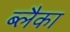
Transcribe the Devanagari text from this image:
ब्लैका